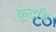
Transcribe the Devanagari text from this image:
कूर्टॉय